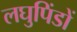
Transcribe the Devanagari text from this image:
लघुपिंडों